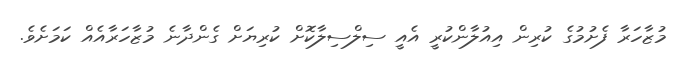
މުޒާހަރާ ފެށުމުގެ ކުރިން އިއުލާންކުރީ އެއީ ސިލްސިލާކޮށް ކުރިޔަށް ގެންދާނެ މުޒާހަރާއެއް ކަމަށެވެ.